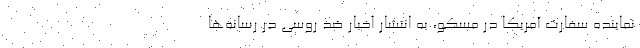
نماینده سفارت آمریکا در مسکو، به انتشار اخبار ضد روسی در رسانه‌ها